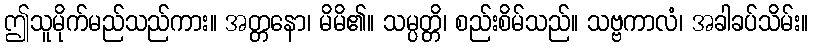
ဤသူမိုက်မည်သည်ကား။ အတ္တနော၊ မိမိ၏။ သမ္ပတ္တိ၊ စည်းစိမ်သည်။ သဗ္ဗကာလံ၊ အခါခပ်သိမ်း။